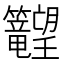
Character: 𬖉